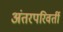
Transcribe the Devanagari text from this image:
अंतरपरिवर्ती